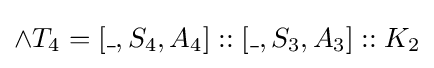
\land T_{4}=[\_,S_{4},A_{4}]::[\_,S_{3},A_{3}]::K_{2}